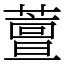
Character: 䕊